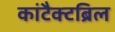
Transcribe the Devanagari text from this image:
कांटैक्टब्रिल